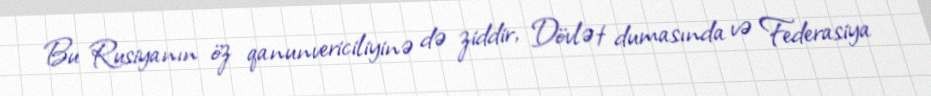
Bu Rusiyanın öz qanunvericiliyinə də ziddir, Dövlət dumasında və Federasiya